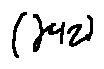
( \gamma + z )